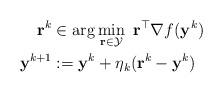
LaTeX: \begin{align*} \mathbf{r}^k&\in\arg\min_{\mathbf{r} \in \mathcal{Y}} ~ \mathbf{r}^{\top} \nabla f(\mathbf{y}^k)\\ \mathbf{y}^{k+1}&:=\mathbf{y}^k+\eta_k(\mathbf{r}^k-\mathbf{y}^k) \end{align*}